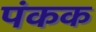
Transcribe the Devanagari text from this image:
पंकक